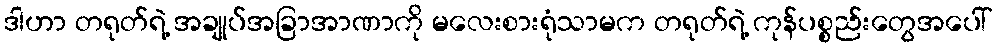
ဒါဟာ တရုတ်ရဲ့ အချုပ်အခြာအာဏာကို မလေးစားရုံသာမက တရုတ်ရဲ့ ကုန်ပစ္စည်းတွေအပေါ်